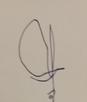
Signature authenticity: forged